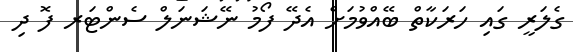
ގެލަރީ ގައި ހަރަކާތް ބޭއްވުމަށް އެދޭ ފޯމު ނޭޝަނަލް ސެންޓަރ ފޮ ދި